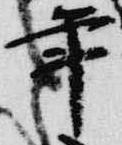
年